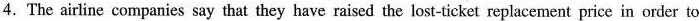
4. The airline companies say that they have raised the lost ticket replacement price in order to